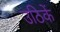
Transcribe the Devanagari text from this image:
उठिकें